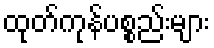
ထုတ်ကုန်ပစ္စည်းများ